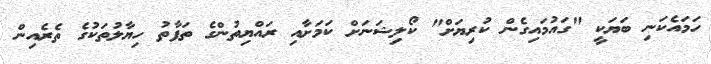
ހަމައެކަނި ބަޔަކީ "ގައުމައިގެން ކުރިޔަށް" ކޯލިޝަނަށް ކަމަށާއި ރައްޔިތުންގެ ތަފާތު ހިޔާލުތަކުގެ ތެރެއިން